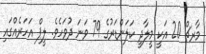
މާރޗް 20 އަކީ މީލާދީ ކަލަންޑަރުގެ 79 ވަނަ ދުވަހެވެ. ލީޕް އަހަރެއްގައި